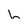
Character: h